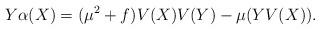
LaTeX: \begin{align*}Y\alpha(X)=(\mu^{2} +f)V(X)V(Y)-\mu(YV(X)).\end{align*}